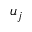
u _ { j }